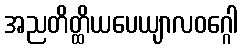
အညတိတ္ထိယပေယျာလဝဂ္ဂေါ